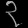
Digit: ၃